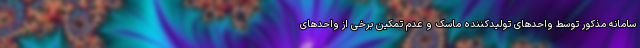
سامانه مذکور توسط واحدهای تولیدکننده ماسک و عدم تمکین برخی از واحدهای